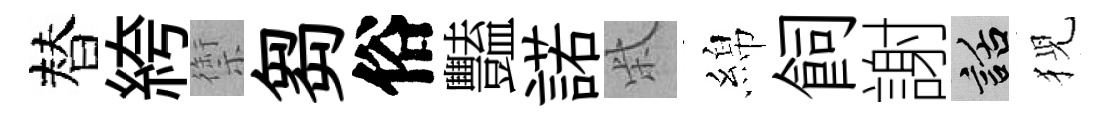
替絝禦芻俗豔諾柴綿飼謝話猊